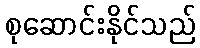
စုဆောင်းနိုင်သည်